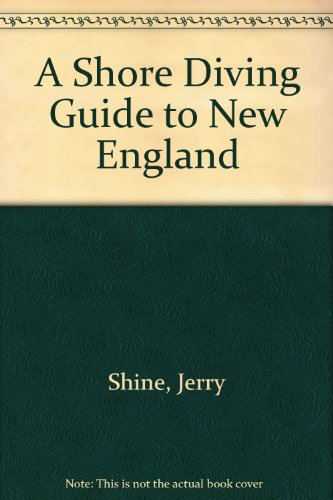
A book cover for A Shore Diving Guide to New England; Jerry Shine; Travel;